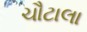
ચૌટાલા